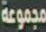
مجموعة